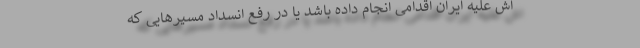
اش علیه ایران اقدامی انجام داده باشد یا در رفع انسداد مسیرهایی که